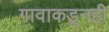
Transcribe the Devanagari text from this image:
गावाकडूनही